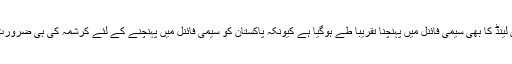
نیوزی لینڈ کا بھی سیمی فائنل میں پہنچنا تقریباً طے ہوگیا ہے کیونکہ پاکستان کو سیمی فائنل میں پہنچنے کے لئے کرشمہ کی ہی ضرورت ہے۔